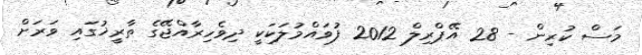
މަސް ކުރިން - 28 އޭޕްރިލް 2012 ފުވައްމުލަކަކީ ދިވެހިރާއްޖޭގެ ތާރީޚުގައި ވަރަށް